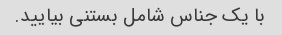
با یک جناس شامل بستنی بیایید.